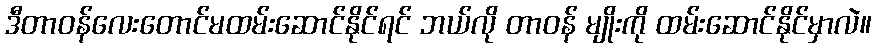
ဒီတာဝန်လေးတောင်မထမ်းဆောင်နိုင်ရင် ဘယ်လို တာဝန် မျိုးကို ထမ်းဆောင်နိုင်မှာလဲ။